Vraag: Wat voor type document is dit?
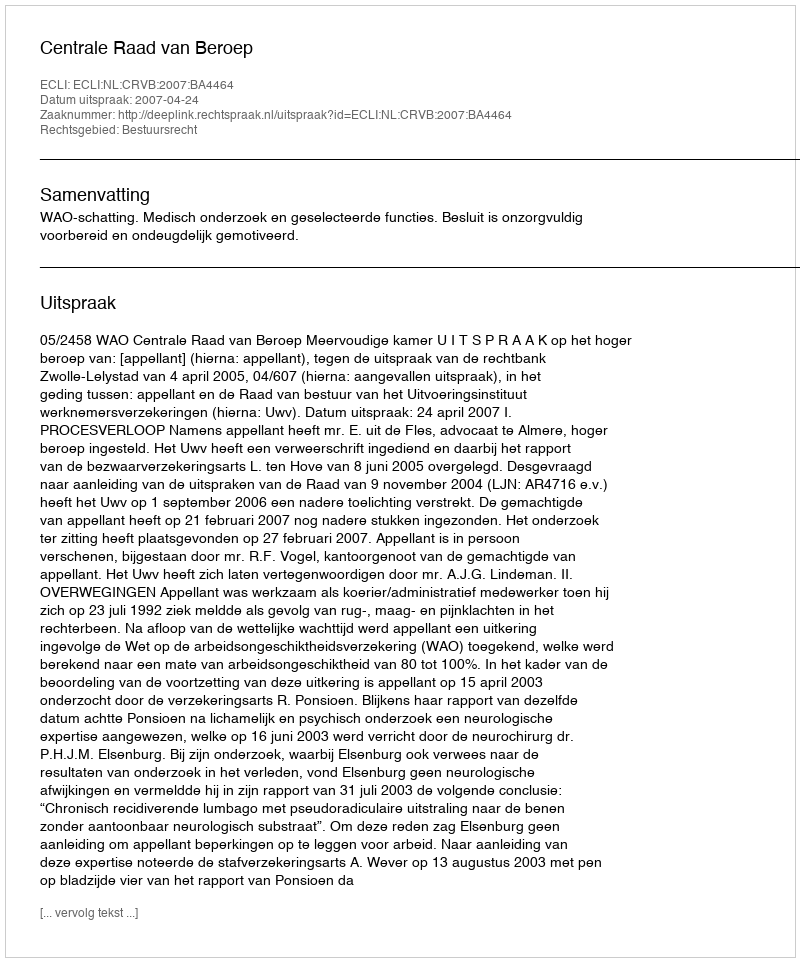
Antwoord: Uitspraak